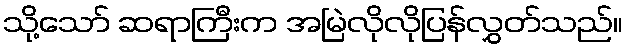
သို့သော် ဆရာကြီးက အမြဲလိုလိုပြန်လွှတ်သည်။